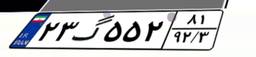
۲۳گ۵۵۲۸۱